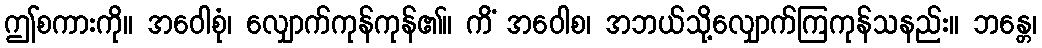
ဤစကားကို။ အဝေါစုံ၊ လျှောက်ကုန်ကုန်၏။ ကိံ အဝေါစ၊ အဘယ်သို့လျှောက်ကြကုန်သနည်း။ ဘန္တေ၊